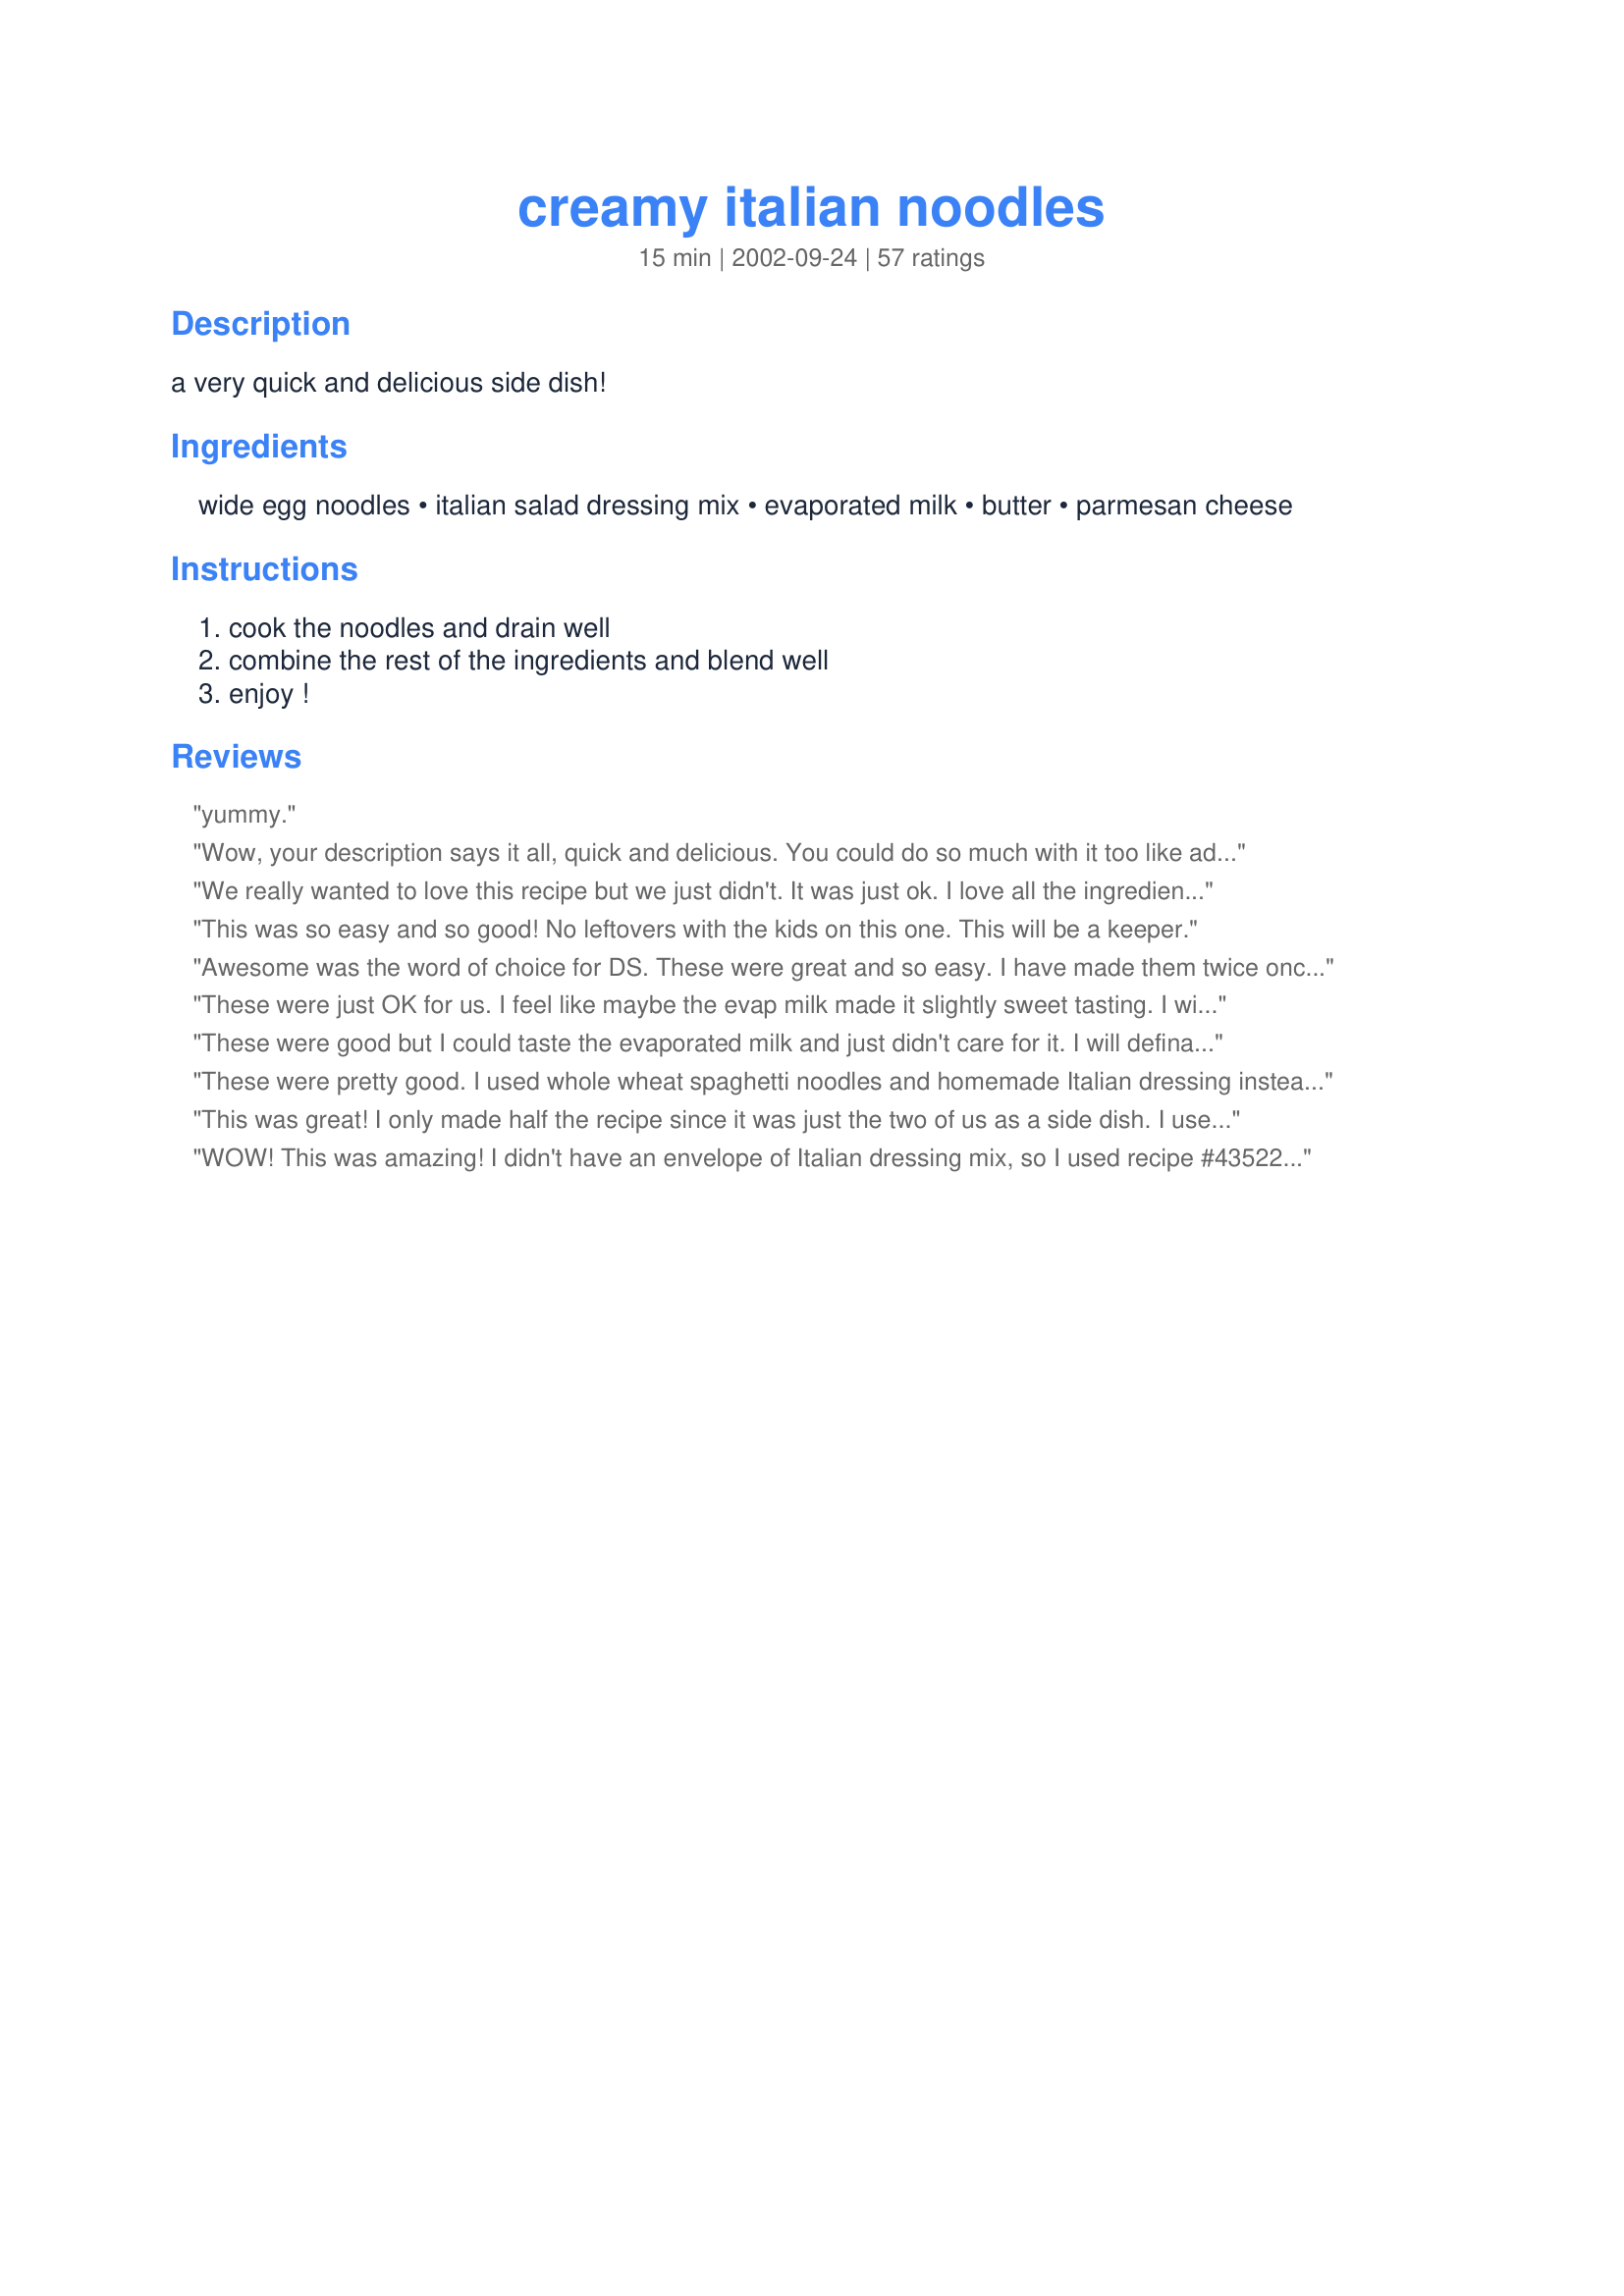
creamy italian noodles
Preparation time: 15 minutes

a very quick and delicious side dish!

Ingredients:
wide egg noodles, italian salad dressing mix, evaporated milk, butter, parmesan cheese

Steps:
cook the noodles and drain well, combine the rest of the ingredients and blend well, enjoy !

Reviews:
yummy.
Wow, your description says it all, quick and delicious. You could do so much with it too like adding steamed veggies or cooked chicken. I can see us eating this often. I didn't use evaporated milk, I used 2% and I lessened the butter to about 2 Tbls and also reduced the amount of cheese. Mmmmm!
We really wanted to love this recipe but we just didn't. It was just ok. I love all the ingredients, but I guess not together. Just a matter of taste I guess.
This was so easy and so good! No leftovers with the kids on this one. This will be a keeper.
Awesome was the word of choice for DS. These were great and so easy. I have made them twice once with noodles and a packet of mix, and again with bowties and a italian dressing clone from the site. Both were quick, easy and a big hit! Thanx for a keeper of a recipes!
These were just OK for us. I feel like maybe the evap milk made it slightly sweet tasting. I will try this again because it was flavorful and quick but with regular milk or cream. Thanks for posting!
These were good but I could taste the evaporated milk and just didn't care for it. I will definately make again using regular milk. Thanks!!
These were pretty good. I used whole wheat spaghetti noodles and homemade Italian dressing instead of the packet. Even my 2 yo asked for seconds. :)
This was great! I only made half the recipe since it was just the two of us as a side dish. I used fat free half and half in place of the evaporated milk. I did add in some minced onion and some chopped tomato and sauteed them in a little butter first, then added the liquids and simmered about a min. before adding in the pasta and parmesan to toss together. I did need to add a little more half and half. I may add some minced garlic next time. Overall it was a great easy side dish. Thanks for the recipe!
WOW! This was amazing! I didn't have an envelope of Italian dressing mix, so I used recipe #43522 and added 1t. onion powder and 1T. Italian seasoning. It was to die for! I have made myself sick by eating too much. You've got to try this one...YUM!
everyone in my family loved this, and I do mean everyone. and they are picky.
This was a great tasting and quick side dish. I didn't have salad dressing mix, so I used the veggies and dry ingredients listed in #34573 - Italian Dressing Mix. Instead of drying out the carrots and red pepper, I used them fresh. It was a bit too salty, but otherwise fantastic. My husband even enjoyed it! Thank you for a wonderful new side dish, gardenz!
Great side dish! I used Italian mix #63812 (no MSG) and a 12-oz bag of No Yolks noodles. Also used fat-free evaporated milk. Just the right seasoning and so much better than those boxed mixes. Thanks for sharing your recipe, I'll definitely make this again!
These were good, but they tasted a lot like the Lipton Noodle packs you buy at the store. I think it's the Italian seasoning - it just lacked that homemade flavor, so I think I'll stick to using pre-made mixes. The 2 y/o LOVED it though :)
Love me some crack &#039;n cheese, I mean mac &#039;n cheese. Good stuff!
Great side dish! The only change I made to the recipe was that I used spiral pasta instead of noodles, because that is what I had on hand. The pasta was creamy and had a wonderful flavor! They were perfect... I wouldn't change a thing! Thanks!
Made these for dinner tonight. After reading the reviews I melted the butter and then sauteed 2 cloves of garlic, then I added the evaporated milk, parmesan and pkt of Good Seasons Italian dressing mix. I expected a zestier result, and these had a slightly sweet taste - perhaps from the evap. milk??!! The result was very creamy, and much like a packaged mix - but so much easier, and fresher. They just didn't wow me, and my pasta loving daughter - didn't love these. I may try again with Good Season's garlic and herb dressing mix. Thanks for posting. EASY recipe, I just didn't love it!!
Very tasty side dish! Served with hamburger steaks and green beans. Very easy,very quick! Will make often! Thanks!!
My family would give these noodles more than 5 stars if possible....they have asked to have these once a week....great recipe
These were wonderful...nice side dish and very tasty...thanks for sharing this recipe gardenz.
We enjoyed this simple dish (especially my 3yo, he gobbled it up). I served it with recipe #261365. I didn't have evaporated milk, so I substituted heavy cream.
We did not like these very much. The recipe looked really good and it was simple to put together, but it just didn't impress us.
I made this with bow-tie pasta, 1% milk, homemade Good Seasons dressing mix, and tossed in baby spinach, chicken, and fresh tomatoes. Delicious, thanks!
This was a 5 Star X 2 recipe!! We will be fixing this often. Thankx to Gardenz for this easy side dish!!
Was looking for a simple noodle dish--nothing fancy, mind you. This was the solution to my problem. Easy and simple preparation. Excellent in flavor. Just what the doctor ordered. Thanks gardenz.
Sometimes the simplest recipes are the best...and this is one of them. Sooo easy to make and the taste was fantastic! This one is going in my permanent recipe book to be made often.
Wow, for just a few simple ingredients, this tastes really good! Who would have thought to put Italian dressing mix in with noodles?!! I did not have any dressing mix, but I substitued McCormick's Grillmates Zesty Herb powder marinade instead. But since the marinade is a lot stronger, maybe only 1 teaspoon or so. It was great! Simple, easy and fast side dish! I can't wait to make this again! Thanks for posting gardenz!
This was a quick and easy dish to fix and it turned out wonderful and the flavor was really good! Thanks gardenz....
This was a super simple side dish!! I used egg noodles but next time, I'll use a different type of pasta. I followed the recipe exactly however, I think the parm. cheese would be better sprinkled on after it is dished vs. mixing it in. Very good & very easy to throw together!!
These were very good! I didn't expect the flavors to blend together so well. No one could figure out what was in the sauce! I used a little less evaporated milk than called for because I did not want it to turn out sweet, but it was absolutely delicious!
the family cant wait till i make it again
I really enjoyed these noodles. My DH thought there was a little too much parmesan, but he doesn't know what he's talking about!! I served these with Bottle of Pop Pork Chops #124040 and corn on the cob. I will definitely make these again. Thanks!
I realllly liked these noodles! I used a packet of zesty italian and fat free evaporated milk. Served with some beef simmered in BBQ sauce, green salad and garlic bread. Thank-you!
very good. it did have a sweetish taste but it reminded me of the slightly sweet taste of fetticine alfredo. almost tasted packaged. was better served immediately, after it sat out a while it got thick and sticky but was still delicious.
Very easy and everyone in our family enjoyed it.
This is a really great recipe. My DH reaaly loved it. I gave the recipe to my daughter, who doesn't cook, and she said it was really good and very simple.
I didn't care for this, but my husband and teenage boys sure did. Will definitely fix this one again.
Great recipe! I'm a veg head so I threw in some veggies and made it a meal! Tastes like what the store bought mixes try to taste like! SO GOOD!
This was great. The only change I'll make next time is to use some normal milk instead of evaporated, just because that's what I normally have in the house.
We just didn't care for this very much; not sure why. I followed the recipe exactly but all I could taste was the italian dressing mix. I doubt I will make these again.
Very easy and tasty. I made with bow-tie pasta for something different. Adults and kids all enjoyed it.
These were good and easy to make. I followed the recipe as exactly as written but thought the finished product was a bit "dry" so added a bit of milk to the mixture. Nice side dish that I'm sure I will make again.
We found this FANTASTIC, used Millers #34573 Italian Dressing Mix. Will be making this often. 
Thank You gardenz!
This was great! We loved it. I added a little spinach to it and used regular milk instead of the evaporated milk. I served it with recipe #418894 and it was a great match for that dish. Thanks, gardenz for sharing this quick, tasty recipe.
What a great side dish! Full of flavor and very easy to make. I made as posted and everyone gave them 5 *****. Thanks so mush for posting!
This is great! It is so easy and fast to prepare and tastes like heaven. The only change I made was to mix the ingredients for the sauce and heat it up a little bit. It went out fine. The taste of the parmesan cheese mixes well with the mild tastes of the evaporated mild and the butter and the Italian salad dressing mix is a wonderful addition - great! Thank you so much for this great recipe!
My family just loved this recipe!! So easy and delicious!! Thanks for posting!!
This is too good for words !!! I used half & half (what I had) and this was PERFECT. I think next time I will try cutting the butter by half and using skim milk (a little more diet friendly) . This was delicious and will become a well used recipe here in my house !! Thank You for sharing this !!!
These were really good! And so super easy!! I had all the ingredients in my cupboard already. Makes a great versatile side dish that can go with many different things. I served mine with meatloaf and it was a big hit. Eat it right away, though, cause it's pretty gross reheated.
Very easy and quick! Thank you!
I, too, would give this more than 5 stars if I could! No leftovers, and my BF actually said that he 'certainly wouldn't mind' if I made these at least once a week!! That says alot, too, since he is a really finicky eater!! Thank you for this super easy and quick recipe!
These were quite good. I subbed a mixture of cream cheese and sharp cheddar for the parmesan; I had it on hand leftover from another recipe, and we don't care for parmesan. Thank you for a great side dish, gardenz, I will probably make this again!
Very good! I made these last night with baked chicken and I was a little nervous what DH would say. (He is a die hard buttered noodle fan and don't like to change. Hmmmm.) However, he LOVED these! He wouldn't quit eating them...lol. I loved the simplicity of the dish and the flavor was delicious. I will be making these again in the future. I also used recipe#34573 and it was great. Thank you for posting.
We really wanted to love this recipe but we just didn't. It was just ok. I love all the ingredients, but I guess not together.
I loved these noodles.I used Penne noodles and used 1% milk instead of evaporated.This is a great side dish and I had everything on hand for this recipe.I will be making these again really soon.Thanks for sharing!
This was so easy and great! It satisified all of my family and was so fast and easy. Thank you so much for this great recipe.
Great for a quick-fix on a work night! It was easy, and most everyone usually has the ingredients on hand. I used dry Italian dressing mix from a recipe on this site. Worked great!
